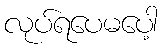
လုပ်ရပေမပေါ့